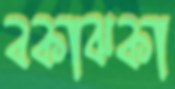
বকাঝকা